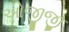
ઓજીજી